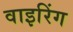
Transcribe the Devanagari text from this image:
वाइरिंग